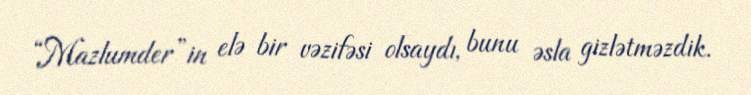
“Mazlumder”in elə bir vəzifəsi olsaydı, bunu əsla gizlətməzdik.